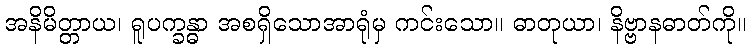
အနိမိတ္တာယ၊ ရူပက္ခန္ဓာ အစရှိသောအာရုံမှ ကင်းသော။ ဓာတုယာ၊ နိဗ္ဗာနဓာတ်ကို။